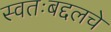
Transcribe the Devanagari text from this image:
स्वतःबद्दलचे